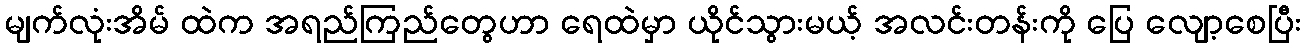
မျက်လုံးအိမ် ထဲက အရည်ကြည်တွေဟာ ရေထဲမှာ ယိုင်သွားမယ့် အလင်းတန်းကို ပြေ လျော့စေပြီး